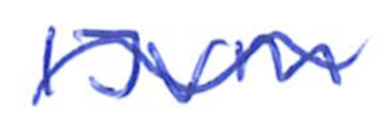
Text: IJVM
Cross-out: mix
Writing tool: ballpoint